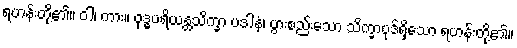
ရဟန်းတို့၏။ ဝါ၊ ကား။ ဝုဒ္ဓပရိယန္တသိက္ခာ ပဒါနံ၊ ပွားစည်းသော သိက္ခာပုဒ်ရှိသော ရဟန်းတို့၏။